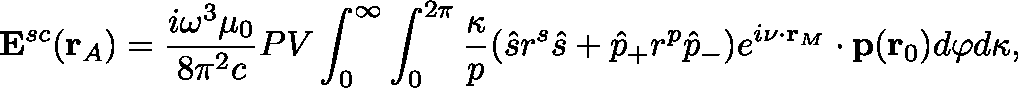
\mathbf { E } ^ { s c } ( \mathbf { r } _ { A } ) = \frac { i { \omega } ^ { 3 } { \mu _ { 0 } } } { 8 { \pi } ^ { 2 } c } P V \int _ { 0 } ^ { \infty } \int _ { 0 } ^ { 2 \pi } \frac { \kappa } { p } ( \hat { s } r ^ { s } \hat { s } + \hat { p } _ { + } r ^ { p } \hat { p } _ { - } ) e ^ { i \mathbf { \nu } \cdot \mathbf { r } _ { M } } \cdot \mathbf { p } ( \mathbf { r } _ { 0 } ) d { \varphi } d { \kappa } ,